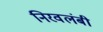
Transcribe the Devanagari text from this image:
निरवलंबी